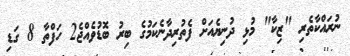
ނުރައްކާތެރި "ޒިކާ" މުޅި ދުނިޔެއަށް ފެތުރިދާނެކަމުގެ ބިރު ބޮޑުވެއްޖެ2 ހަފްތާ 8 ގަޑި